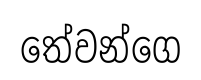
තේවන්ගෙ